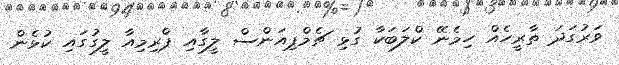
ވަރުގަދަ ތާރީހެއް ހިމެނޭ ކްލަބަކާ ގުޅި ޗެމްޕިއަންސް ލީގާއި ޕްރިމިއާ ލީގުގައި ކުޅެން